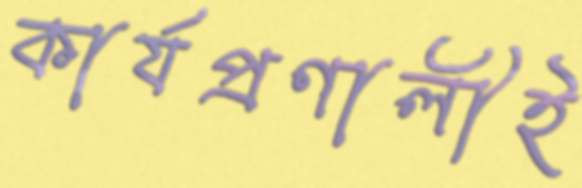
কার্যপ্রণালীই